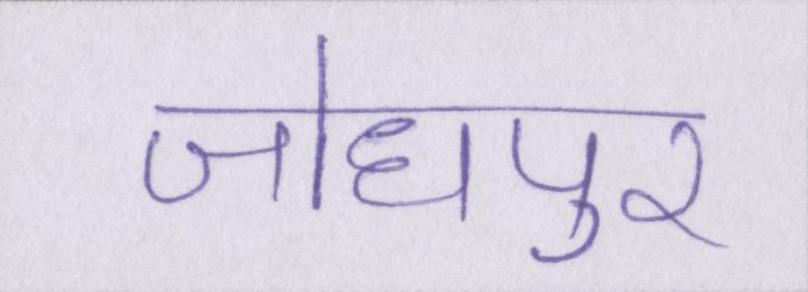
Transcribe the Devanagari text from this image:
जोधपुर